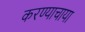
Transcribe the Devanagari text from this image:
करण्याचाया